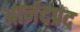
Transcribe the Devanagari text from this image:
आनंदप्रद